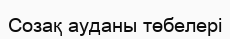
Созақ ауданы төбелері